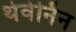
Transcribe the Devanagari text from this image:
थेवेनिंन